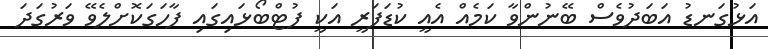
އަޅުގަނޑު އަބަދުވެސް ބޭނުންވާ ކަމެއް އެއީ ކުޑަފަރީ އަކީ ފުޓްބޯޅައިގައި ފާހަގަކޮށްލެވޭ ވަރުގަދަ